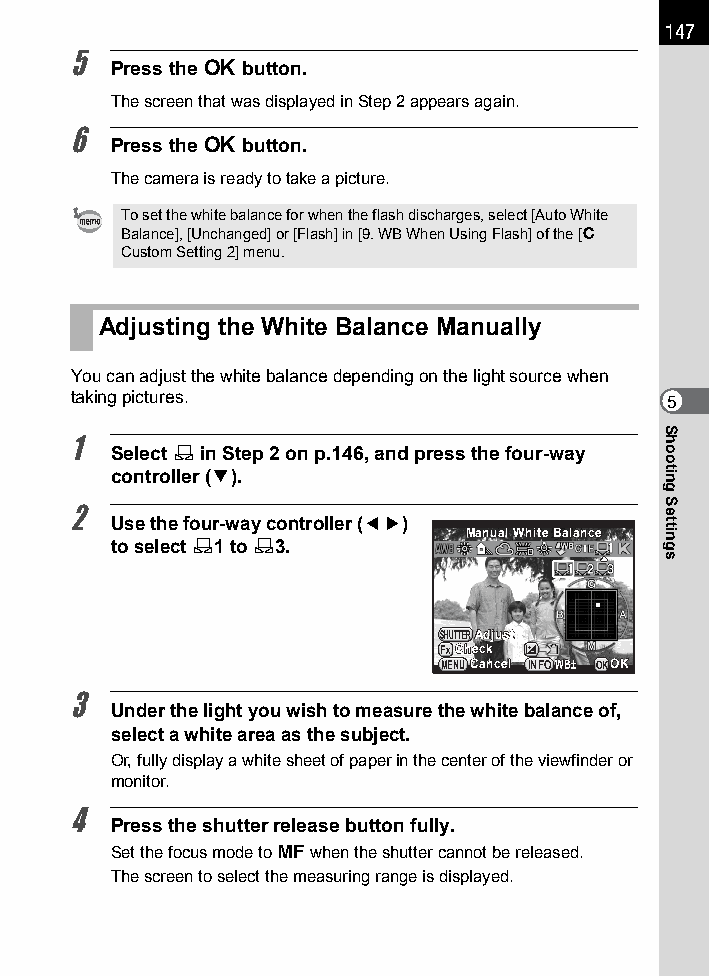
147
 5
 Press the 4 button.
 The screen that was displayed in Step 2 appears again.
 6
 Press the 4 button.
 The camera is ready to take a picture.
 To set the white balance for when the flash discharges, select [Auto White
 Balance], [Unchanged] or [Flash] in [9. WB When Using Flash] of the [A
 Custom Setting 2] menu.
 Adjusting the White Balance Manually
 You can adjust the white balance depending on the light source when
 taking pictures.                       5
 1
 Select K in Step 2 on p.146, and press the four-way
 controller (3).
 2
 Use the four-way controller (45)
 MMaannuuaall WWhhiittee BBaallaannccee
 to select K1 to K3.
 SHUTTERAAddjjuusstt
 CChheecckk
 MENUCCaanncceell INFOWWBB±± OKOOKK
 3
 Under the light you wish to measure the white balance of,
 select a white area as the subject.
 Or, fully display a white sheet of paper in the center of the viewfinder or
 monitor.
 4
 Press the shutter release button fully.
 Set the focus mode to \ when the shutter cannot be released.
 The screen to select the measuring range is displayed.
 Shooting
 Settings